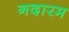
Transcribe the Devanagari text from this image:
नदारम